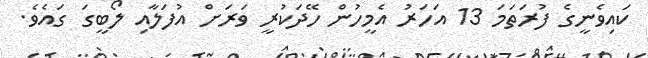
ކައިވެނީގެ ފުރަތަމަ 13 އަހަރު އެމީހުން ހޭދަކުރީ ވަރަށް އުފަލާއި ލޯބީގަ ގައެވެ.